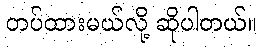
တပ်ထားမယ်လို့ ဆိုပါတယ်။